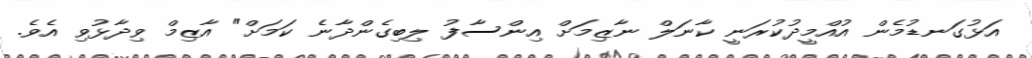
އަޅުގަނޑުމެން އުއްމީދުކުރަނީ ކާނަލް ނާޒިމަށް އިންސާފު ލިބިގެންދާނެ ކަމަށް" އާޒިމް ވިދާޅުވި އެވެ.